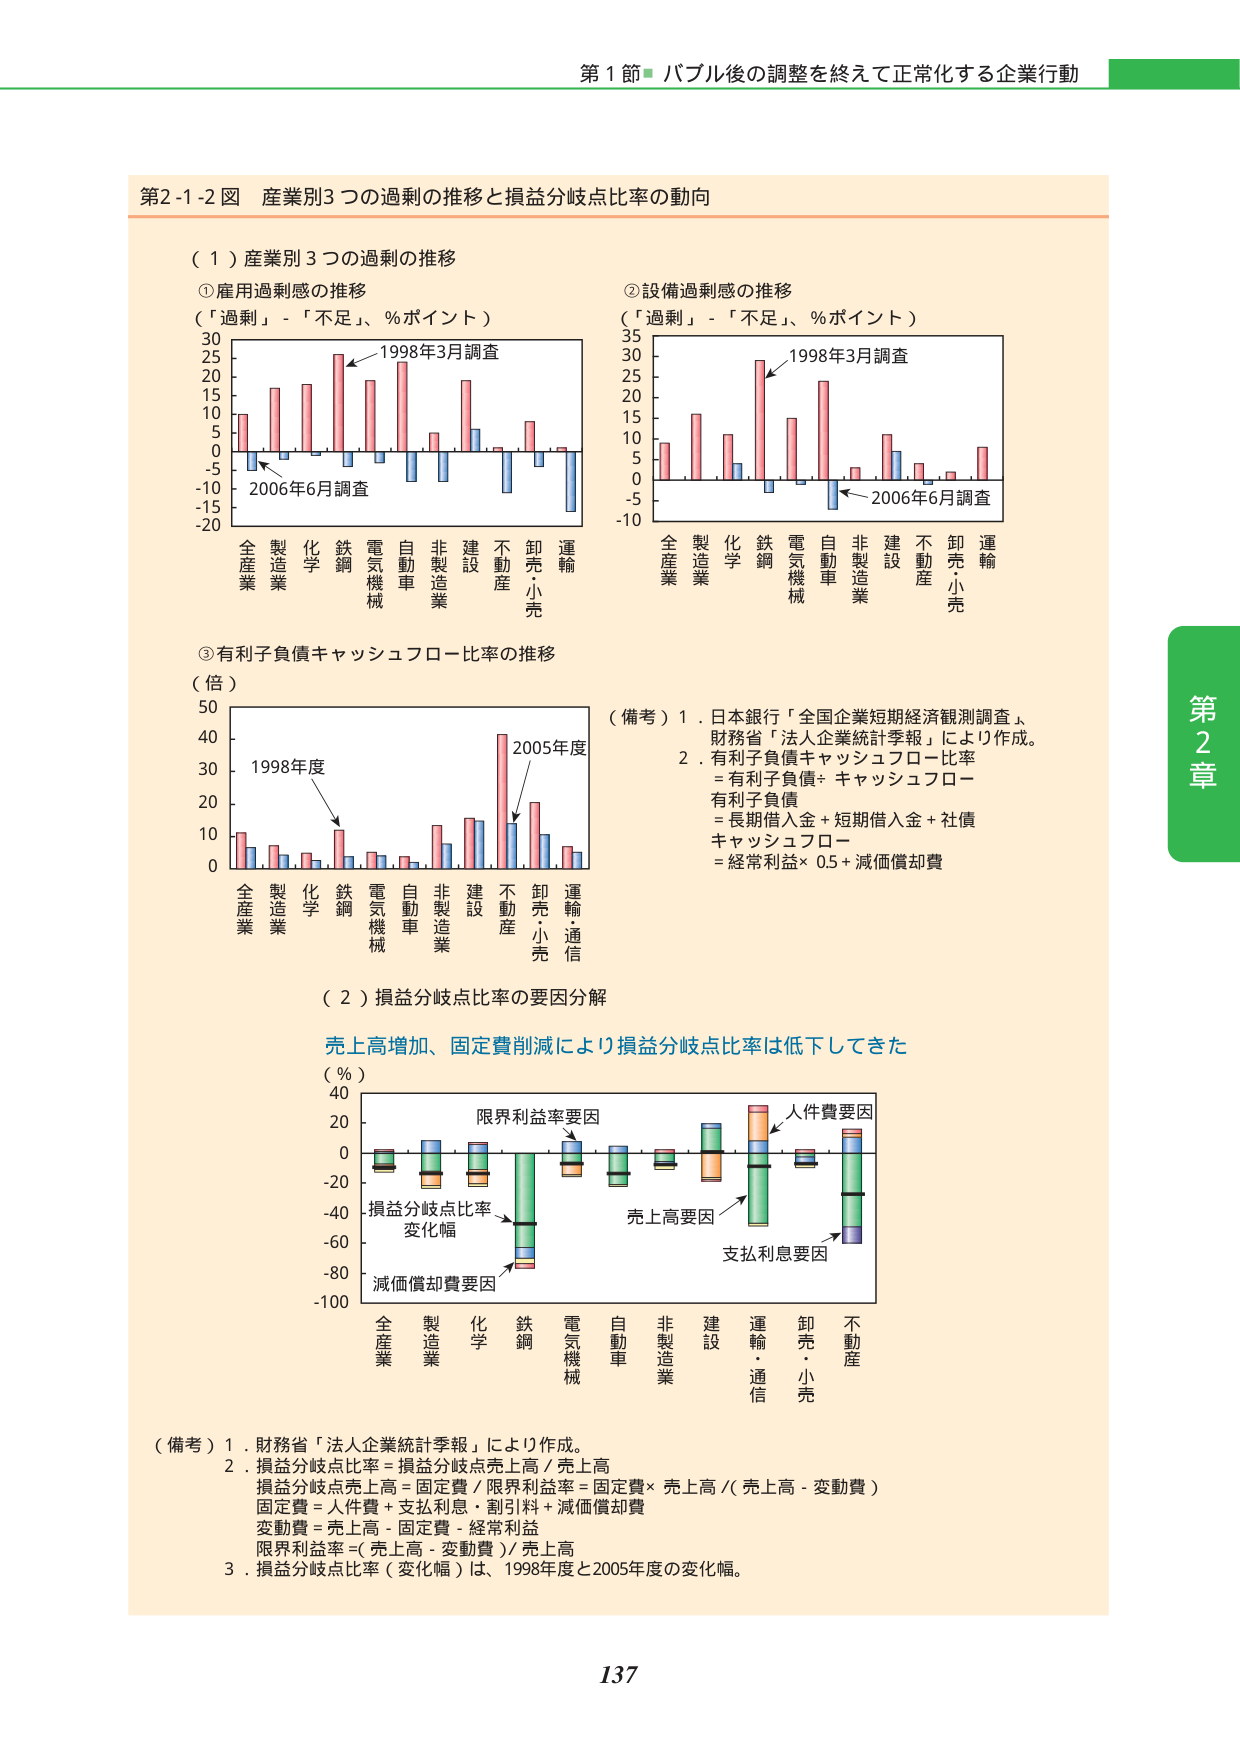
第1節 バブル後の調整を終えて正常化する企業行動

第2-1-2図 産業別3つの過剰の推移と損益分岐点比率の動向

（1）産業別3つの過剰の推移

①雇用過剰感の推移
（「過剰」-「不足」、％ポイント）
1998年3月調査
2006年6月調査
全産業 製造業 化学 鉄鋼 電気機械 自動車 非製造業 建設 不動産 卸売・小売 運輸

②設備過剰感の推移
（「過剰」-「不足」、％ポイント）
1998年3月調査
2006年6月調査
全産業 製造業 化学 鉄鋼 電気機械 自動車 非製造業 建設 不動産 卸売・小売 運輸

③有利子負債キャッシュフロー比率の推移
（倍）
1998年度
2005年度
全産業 製造業 化学 鉄鋼 電気機械 自動車 非製造業 建設 不動産 卸売・小売 運輸・通信

（備考）1．日本銀行「全国企業短期経済観測調査」、財務省「法人企業統計季報」により作成。
2．有利子負債キャッシュフロー比率
＝有利子負債÷キャッシュフロー
有利子負債
＝長期借入金＋短期借入金＋社債
キャッシュフロー
＝経常利益×0.5＋減価償却費

（2）損益分岐点比率の要因分解

売上増加、固定費削減により損益分岐点比率は低下してきた

（％）
限界利益率要因
人件費要因
売上高要因
支払利息要因
減価償却費要因
損益分岐点比率変化幅
全産業 製造業 化学 鉄鋼 電気機械 自動車 非製造業 建設 運輸・通信 卸売・小売 不動産

（備考）1．財務省「法人企業統計季報」により作成。
2．損益分岐点比率＝損益分岐点売上高／売上高
損益分岐点売上高＝固定費／限界利益率＝固定費×売上高／（売上高－変動費）
固定費＝人件費＋支払利息＋割引料＋減価償却費
変動費＝売上高－固定費－経常利益
限界利益率＝（売上高－変動費）／売上高
3．損益分岐点比率（変化幅）は、1998年度と2005年度の変化幅。

第2章

137